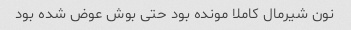
نون شیرمال کاملا مونده بود حتی بوش عوض شده بود